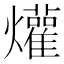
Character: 爟